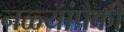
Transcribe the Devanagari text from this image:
नळ्यांपैकी